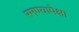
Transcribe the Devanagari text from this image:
रमण्यापेक्षा